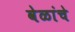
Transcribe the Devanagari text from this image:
वेळांचे